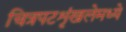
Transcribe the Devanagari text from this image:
चित्रपटशृंखलेमध्ये